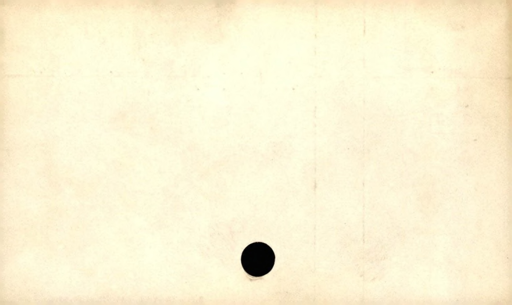
Label: blank